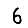
Digit: 6